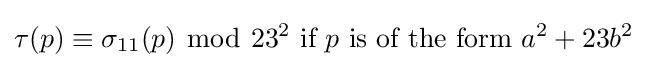
\tau (p)\equiv \sigma _{11}(p)\ {\bmod {\ }}23^{2}{\text{ if }}p{\text{ is of the form }}a^{2}+23b^{2}